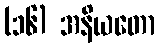
(၁၆) အနိယတော